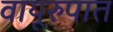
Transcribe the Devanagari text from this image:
वायूरुपात